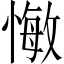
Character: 𢠨